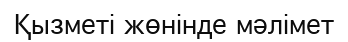
Қызметі жөнінде мәлімет